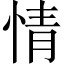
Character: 情